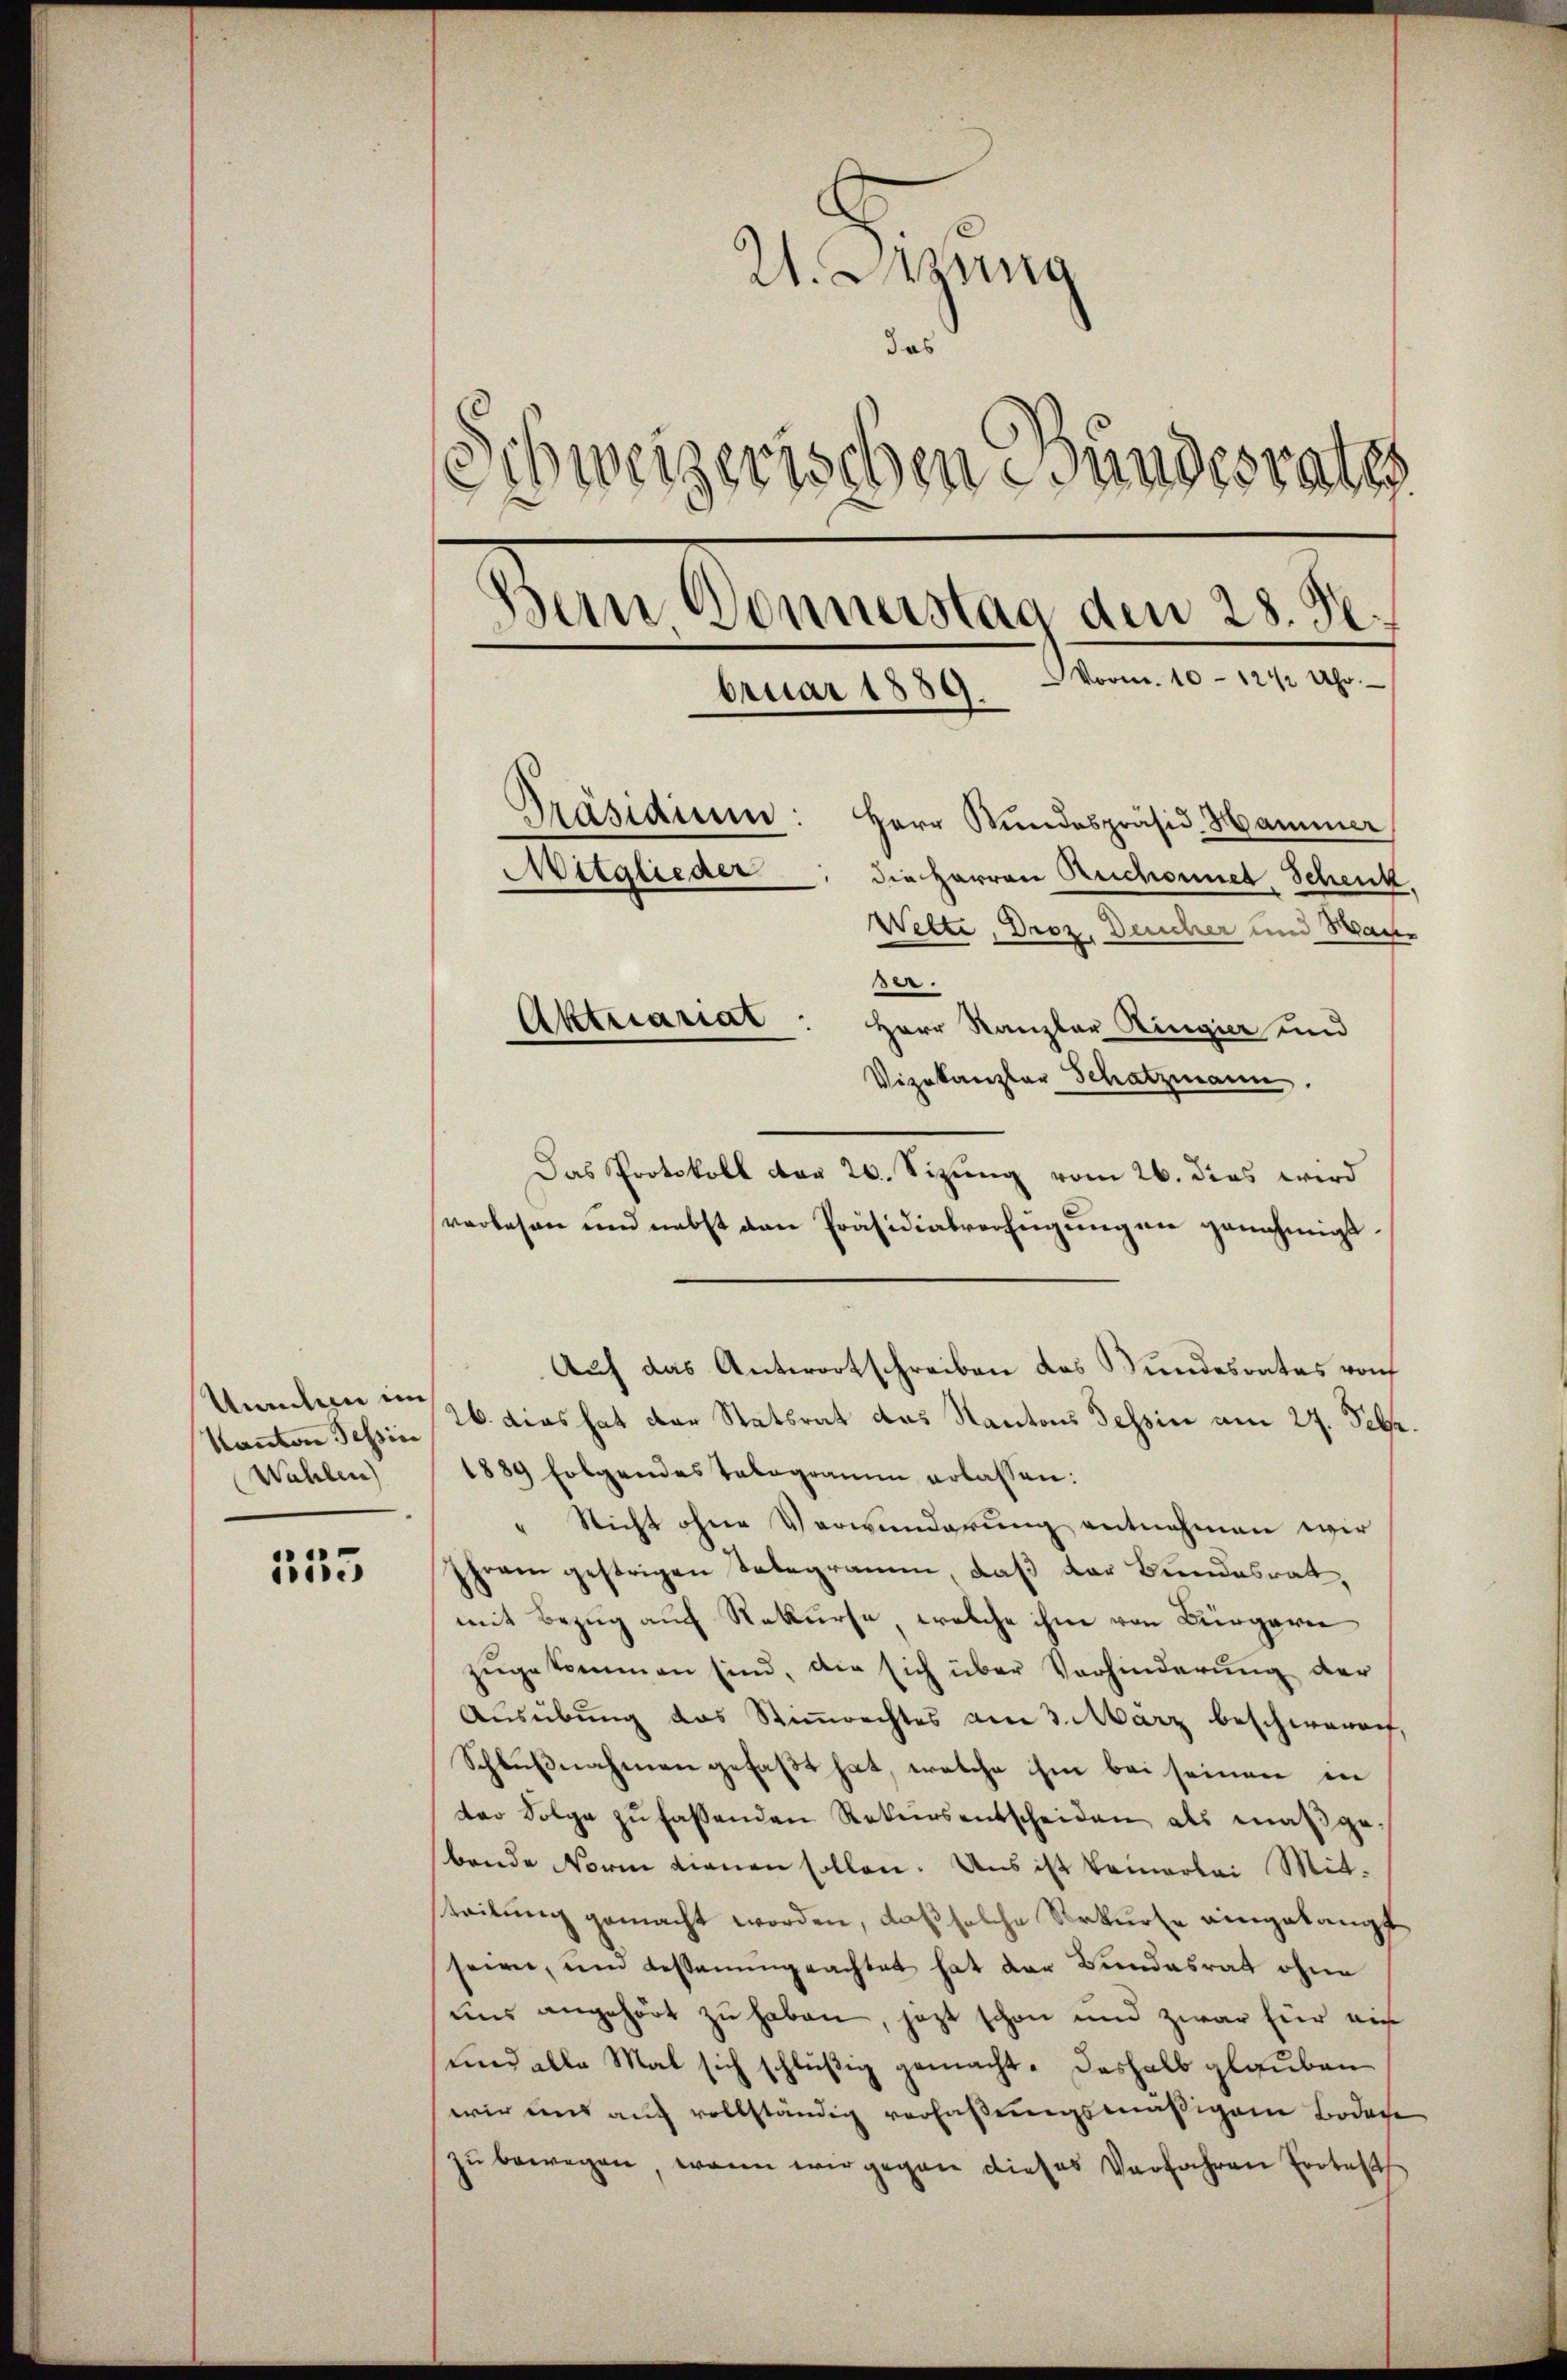
Unenten im
Kanton Tessin
Wahlen)

135

21. Jung
das
Sweizerischenesundesrates
Bern Donnerstag den 28. J.
Vorm. 10-12 ½ Uhr.
bruar 1889.
Präsidium: Herr Kŭndespräsid. Hammer
Mitglieder
die Herren Ruchonnet Schenk,
Wette, Droz. Deucher und Wache

u

.
Aktuariat: Herr Kanzler Ringier und
Vizekanzler Schatzmann.
Das Protokoll das 20. Sizung vom 26. dies wird
verlesen und nebst den Präsidialverfügungen genehmigt
Auf das Antwortschreiben das Bundesrates roh
26. dies hat der Statsrat das Kantons Tessin am 27. Febr.
1889 folgendes Telegramm erlassen:
Nicht ohne Verwunderung entnehmen wir
gram gestrigen Telegramm, daß der Bundesrat,
mit Bezug auch Rekurse, welche ihm von Bürgeri
zŭgekommen sind, die sich über Verhinderŭng der
Ausübung das Stimmrechtes am 3. März beschwereit,
Schlußnahmen gefaßt hat, welche ihm bei seinen in
der Folge zŭ fassenden Rekŭrs entscheiden als maßge-
bande Norm dienen sollen. Uns ist keinerlei Mitteitung gemacht worden, daß solche Rekurse eingelangt
seigen, ŭm dessamengeachtet hat der Bundesrat ohne
uns angehört zu haben, jezt schon und zwar für ein
und alle Mal sich schlüßig gemacht. Dashalb glauben
wir und auf vollständig verfaßungsmäßigen Bodete
zŭ bewegen, wenn wir gegen dieses Verfahren Protest